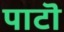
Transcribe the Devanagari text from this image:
पाटॊ